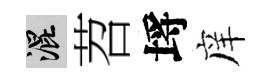
混苕埓庠